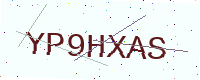
Text: YP9HXAS